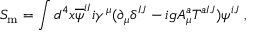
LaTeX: S _ { \mathrm { m } } = \int d ^ { 4 } x \overline { { { \psi } } } ^ { i I } i \gamma ^ { \mu } ( \partial _ { \mu } \delta ^ { I J } - i g A _ { \mu } ^ { a } T ^ { a I J } ) \psi ^ { i J } \; ,